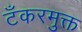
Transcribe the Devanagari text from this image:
टँकरमुक्त